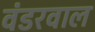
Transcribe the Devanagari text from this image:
वंडरवाल